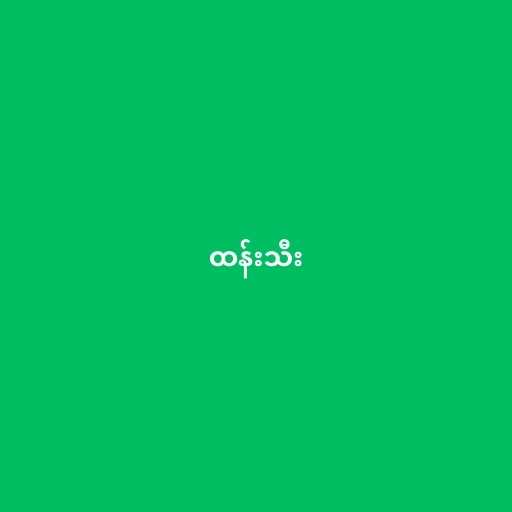
ထန်းသီး